Leaving Certificate, 1901
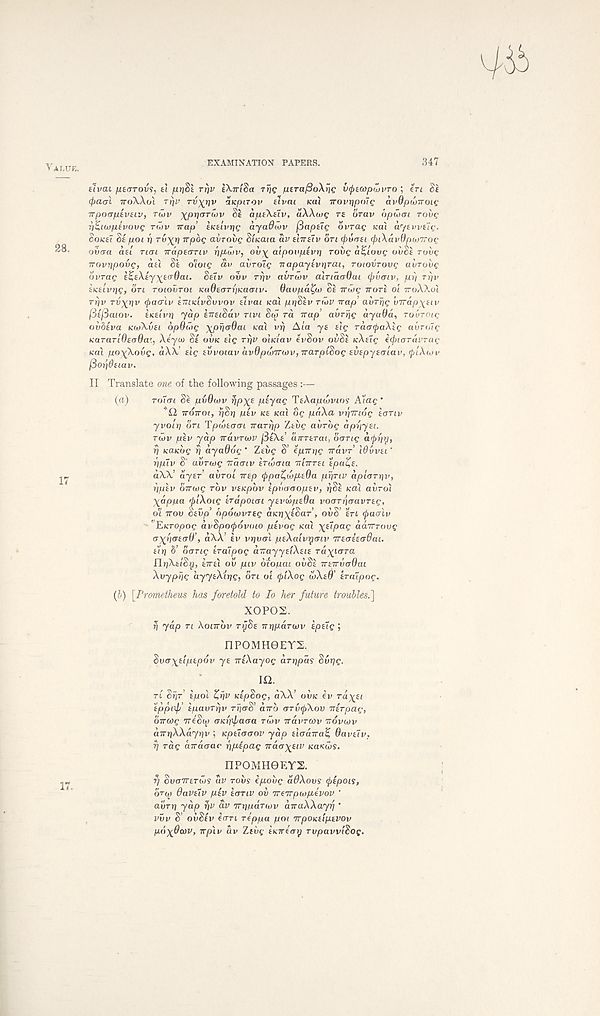
VALUE.
EXAMINATION PAPERS.
347
17.
tlvai /xetTTOvs, tl fvr]Si rrjv IXvlSa Trig utra/SoXriQ vc/ncopiZvTO ; ert Sf
(paal TTOWUI rrjv
aKpnov uvai KCU irovtipolg avdpujiroig
TTpocrptvHV, T(ov ^/OJJOTWV Se aptXelv, aXXcjg rs cirav bpiocn rovg
r)%> i(i)p.ivovg TCJV Trap eKeivrjg ayaOCov fiaptig ovrag ica'i aytvvug.
SOKU Se poi rt rv^ri TTpog avrovg Sfiraia av t'nrsiv on (puaei (piXavOpwTrog
oixra azl run Traptirnv
ov\ aipovpevri TOVQ a^iovg ovSi rovg
Trovripovg, atl Si o'ioig av avrolg Ttapaytvt}rai, roiovrovg avrovg
ovrag e^eXty^eirOai. Seiv ovv rrjv avrUov alnarrOai (jjvaiv, pi) rrjv
tKtivr]g, on TOLOVTOI KaOecrrijuacriv. Oaupa^w Se irwg vrore oi iroXXol
rijv rv)^r}v (fiaalv imidvSuvov eivai Kal prjSev nbv Trap’ avriig v7rap\etv
f3e(3aiov. eiceivrj yap eireiSuv nvi S(^ ra Trap’ avrrjg ayaOa, rovrotg
ovbeva KivXvei bpQuig xpijaOai ical vrj Ata ye elg raaipaXig avro7g
Karan'OecrOa'., Xeyco Se OVK elg rrjv oiKtav evSov ovSe icXeig fcpioTaVTac
Ka'i po^Xovg, aXX elg evvoiav avdpwTrdJVjTrarpiSog evepyealav, rplXiov
(5opdeiav.
II Translate one of the following passages :—
(a)
rolai Se pvOuiv i)pX E pzyag TeXapwvios A'lag’
"£2 iroiroi, fiSri pev tee teal og paXa vrirriog eanv
yvoir) on Tpwecroi Trarrjp Zeiig avrbg appyei.
rwv pev yap iravrwv j3e\e’ currerai, bang ar/ipy,
rj teatebg rj ayadbg ’ Zevg S’ epm/g Travr’ Wvvet'
pplv S’ avreog naaiv eraiaia TriTrrei epa%e.
aXX ayer avrol rrep (jipa^wpeOa pijnv aplarriv,
ppev orruig rbv vetepbv epvaaopev, r]Se teal aiiro).
\appa >j)iXoig erapoiai yeveopeOa voarriaavreg,
oi irov Sevp’ bpowvreg aicrj^lSar’, ovS’ en (fiaalv
"Eteropog avSpoipovoio pevog tea)
aairrovg
oxbaead’, a\X’ ev vrjval peXalvyaiv Treaeeadai.
e’iri h’ bang iraTpog cmayyelXeie ra^nrra
67T£i ou piv oiopai ovSe TreTTvaOai
Xvypbg ayyeXirjg, bn ol (piXog ibXed’ eralpoc.
(b) [Prometheus has foretold to lo her future troubles.)
XOPOS.
r) yap n Xonrbv njSe irrjparwv epetg;
nPOMH0EYS.
Svax^lpepov ye ireXayog arripas Surjg.
m.
TL Sr)f epol Z,r\v teepSog, a\X’ OVK ev raxet
eppixfi’ epavrijv rfiaS’ airb arvfjiXov Tierpag,
bircog TreSi^ oKt'iipaaa rdiv Travrcov TTOVOJV
arrriXXayriv ; Kpeiaaov yap elaaira^ 6ave7v.
7} rag cnraaac ppepag Trac^E/n KaKojs.
nPOMHeEYS.
f) SvaTrerws av robs epobg a#Aoos tyepois,
orqj davelv pev eanv ov Treirpaipevov "
avrri yap riv av Trrjpanvv aTraXXayrj ’
vvv S’ ovSev earL reppa pot irpoKeipevov
pbx^orv, wplv av Zevg eKirtay rvpavvlSog.